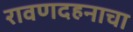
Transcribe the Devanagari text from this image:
रावणदहनाचा